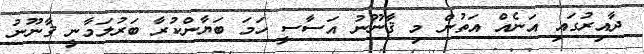
ދާއިރުގައި އަނެއް އަތުން މި ޤާނޫނު އަސާސީ ހަމަ ބަޔާންކުރާ ބަރުލަމާނީ ޤާނޫނު